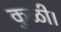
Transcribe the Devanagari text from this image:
कुळी।